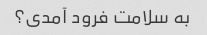
به سلامت فرود آمدی؟